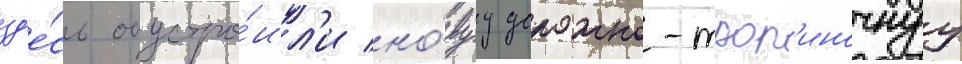
зд'е́сь обустро́ил'и но́вуу дорожно-троп'иночнуу